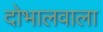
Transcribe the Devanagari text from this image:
दोभालवाला